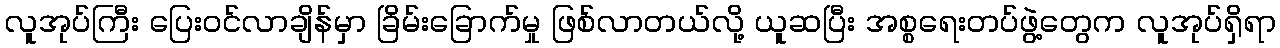
လူအုပ်ကြီး ပြေးဝင်လာချိန်မှာ ခြိမ်းခြောက်မှု ဖြစ်လာတယ်လို့ ယူဆပြီး အစ္စရေးတပ်ဖွဲ့တွေက လူအုပ်ရှိရာ